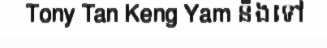
Tony Tan Keng Yam នឹងទៅ